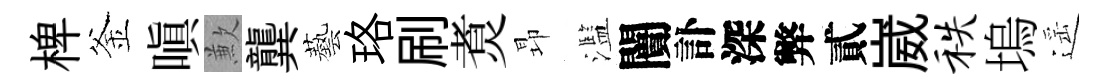
椑釜嗔歉龔藝珞刷煑昻濫闠訃深弊貳崴秩塢遥